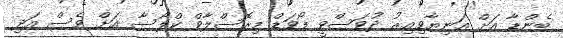
ބެންޑާ އަށް އަނިޔާވިއިރު ދުވަސްވީ ފޯވަޑް މިރޮސްލާވް ކްލޯސާ އަށް ވެސް އަދި